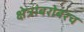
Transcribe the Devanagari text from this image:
क्षेत्रांबरोबरच